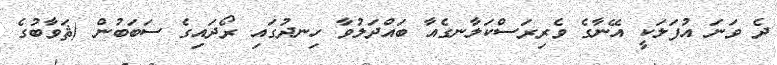
ދެ ވަނަ އުފަލަކީ އޭނާގެ ވެރިރަސްކަލާނގެއާ ބައްދަލުވާ ހިނދުގައި ރޯދައިގެ ސަބަބުން (ޘަވާބުގެ